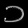
Digit: ၁